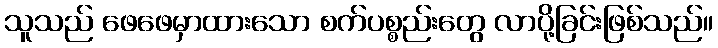
သူသည် ဖေဖေမှာထားသော စက်ပစ္စည်းတွေ လာပို့ခြင်းဖြစ်သည်။